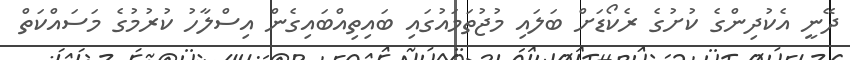
ދޭނީ އެކުދިންގެ ކުށުގެ ރެކޯޑަށް ބަލައި މުޖުތަމައުގައި ބައިތިއްބައިގެން އިސްލާހު ކުރުމުގެ މަސައްކަތް